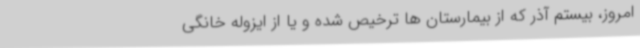
امروز، بیستم آذر که از بیمارستان ها ترخیص شده و یا از ایزوله خانگی